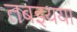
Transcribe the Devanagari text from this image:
तबइयया